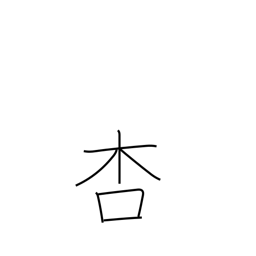
Meaning: apricot